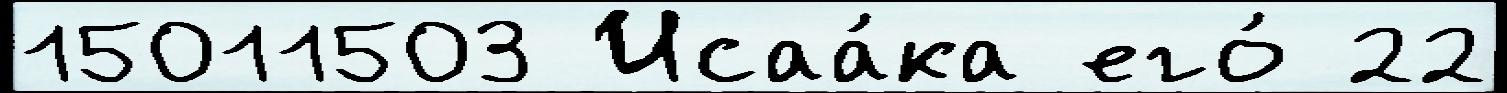
15011503 Исаа́ка его́ 22